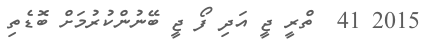
2015 41  ތްރީ ޖީ އަދި ފޯ ޖީ ބޭނުންކުރުމަށް ބޮޑެތި